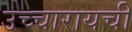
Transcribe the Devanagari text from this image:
उच्चारायची